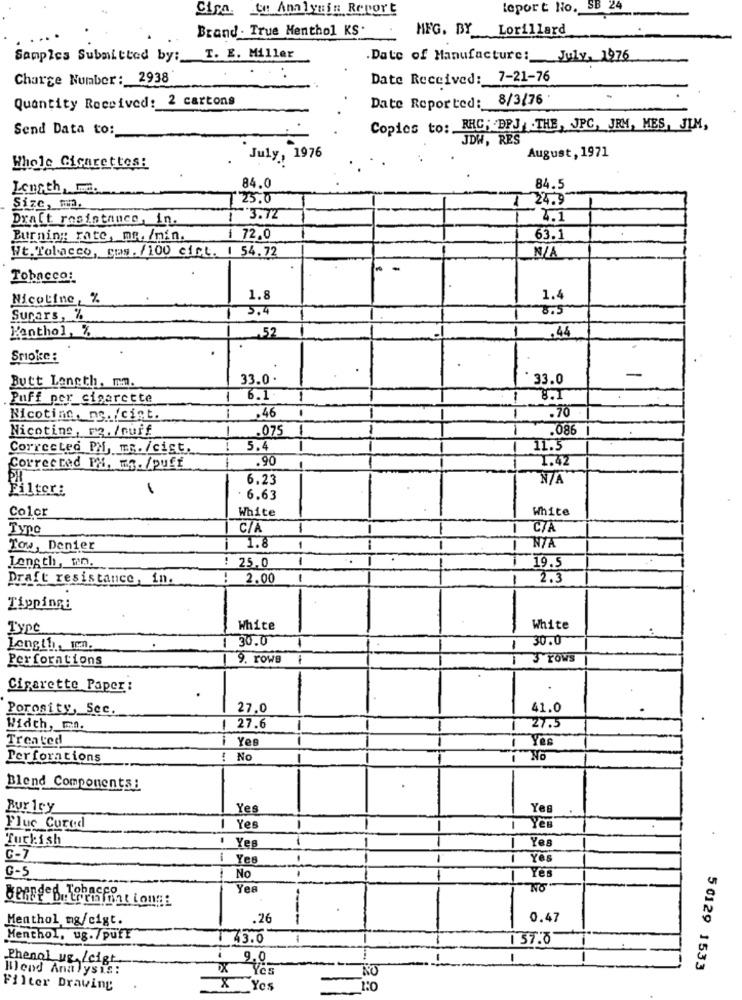
Cira. ou Analyuin Report
leport No.
SB 24
Brand . True Menthol KS.
MFG. BY Lorillard
Samples Submitted by:
T. E. Miller
Date of Manufacture: July. 1976
Charge Number: 2938
Date Received: 7-21-76
Quantity Received: 2 cartons
Date Reported: 8/3/76
Send Data to:
Copics to: RAC; DPJ THE, JPC, JRM, MES, JIM,
JDW, RES
July, 1976
August, 1971
Whole Cigarettes:
Length,w.
84.0
84.5
25.0
24.9
Size, mn.
Draft resistance, in.
3.72
2.1
Burning rate, mr. /min.
1 72.0
63.1
Nt.Tobacco, gas. /100 cist. 1 54.72
Tobacco:
Nicoline %
1.8
1.4
3.4
Surars, %
Kenthol, %
-
.44
Smoke :
33.0
33.0
-
Butt Length, mm.
Puff por cigarette
6.1
8.7
.70
Nicotine, ng. /cist.
1
.46
1
Nicotine, mg. /cuif
.075
.086
Corrected PM, m. /cist.
5.4
11.5
.90
1.42
Corrected PM. w.T. /puff
6.23
Filter:
1
6.63
Color
White
White
Type
C/A
1
-
CZA
Tow, Denier
1.8
1
1
Length, men.
: 25.0
1
19.5
Draft resistance, in.
2.00
1
2.3
Tipping:
Type
White
-
White
30.0
1
1
30.0
Perforations
9. rows
1
S TOWS
Cigarette Paper :
.
Porosity, Sec.
27,0
41.0
Width, m.
27.6
27.5
Treated
i Yes
I Yes
Perforations
No
Blend Components!
Bur 1ry
Ye
Yes
Flue Cured
Yes
-
I Yen
Turkish
Yes
· Yes
C-7
i Yes
1
Ye
No
Yes
G-S
-
Yee
in mint Longs
Menthol mg/cigt.
.26
0.47
Menthol, ug./puff
43.0
1
1 57.0
--
PhenoLug /cigt.
9,0
1
Hend Analysis:
5 0129 1533
Filter Drawing
X Yes